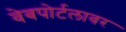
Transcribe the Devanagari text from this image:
वेबपोर्टलावर